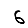
Digit: 6